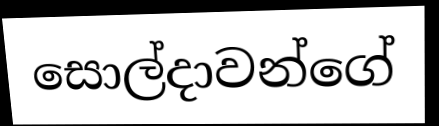
සොල්දාවන්ගේ